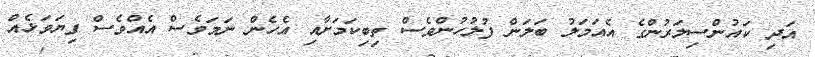
އަދި ކައުންސިލަރުންގެ އެއަމަލު ބަލަން ފުލުހުންވެސް ތިބިކަމަށާއި އެހެން ނަމަވެސް އެއްވެސް ފިޔަވަޅެއް